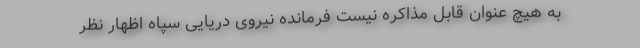
به هیچ عنوان قابل مذاکره نیست فرمانده نیروی دریایی سپاه اظهار نظر